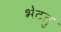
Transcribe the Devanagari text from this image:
भेटतु